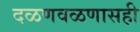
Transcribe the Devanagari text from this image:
दळणवळणासही